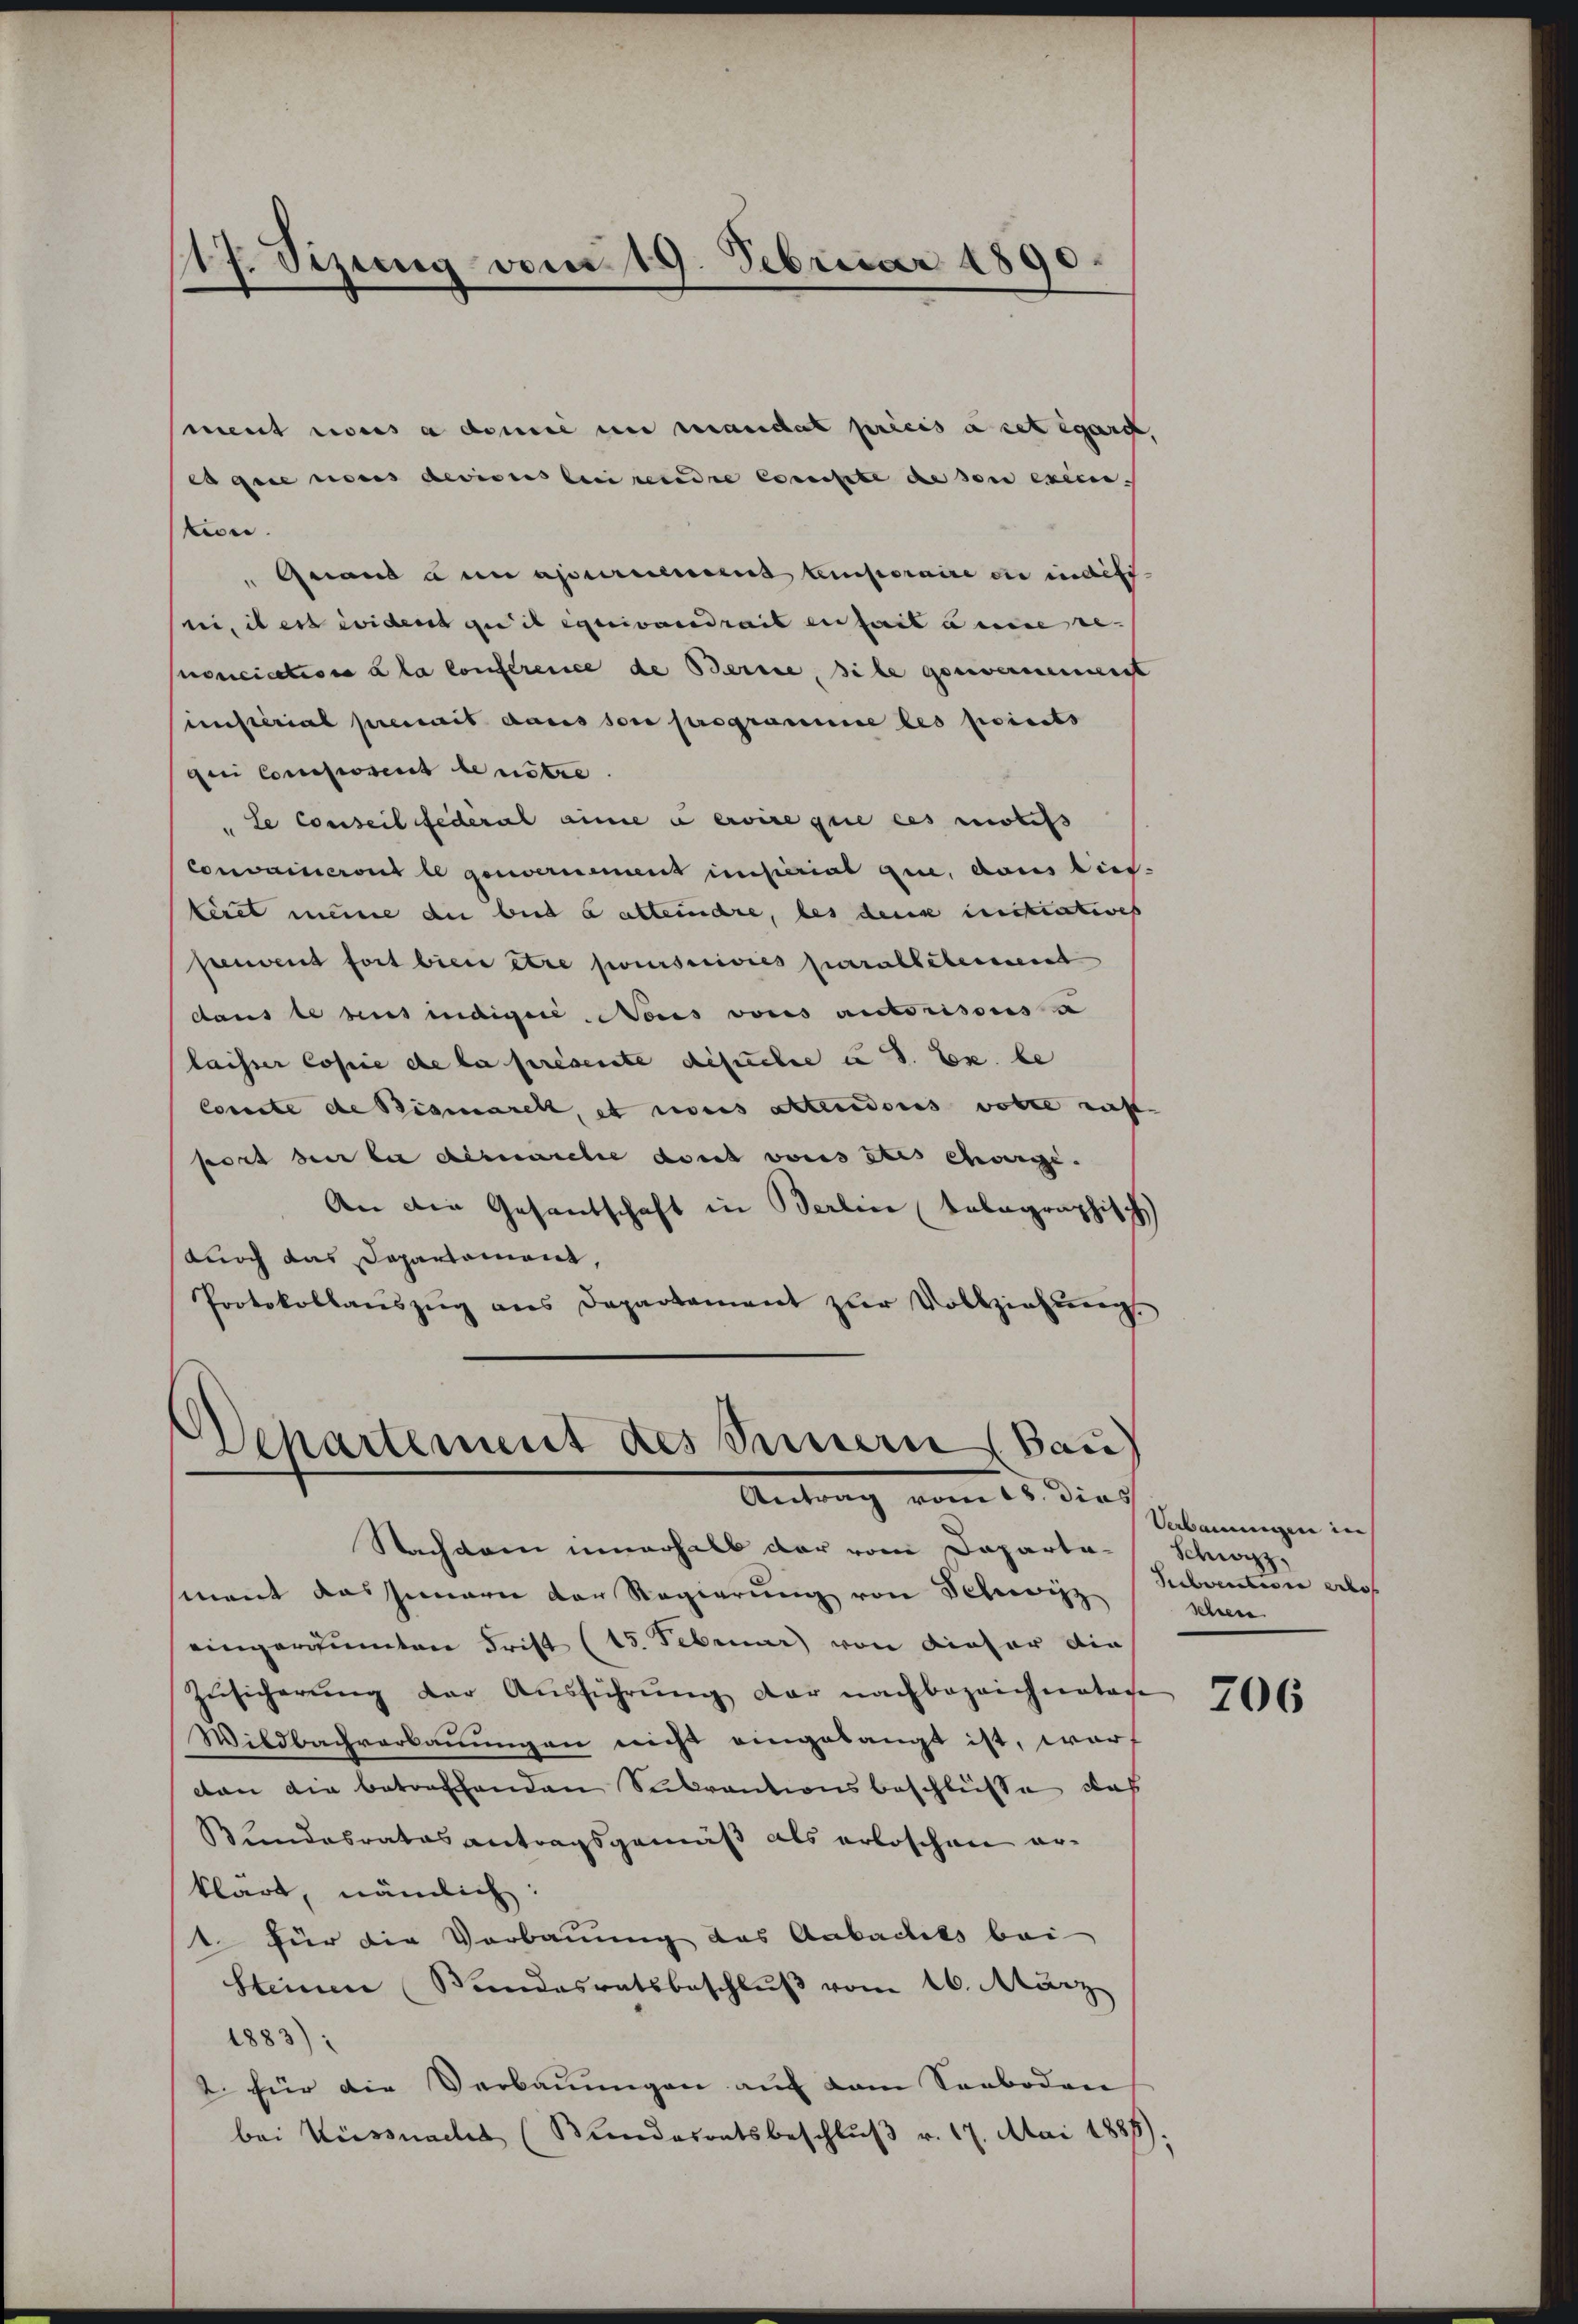
17. Sizung vom 19. Februar 1890.

ment noces a demie in mandat précis à cet egart,
cage noces deviers lui rendre consiste de son execi.
ten.
 Quand ain apurnerient temporaire es indiff
ni, il est wident que il equivandrait en fait eine re- |
poucication a la Conference de Berne, sie gouvernennenst
sinsterial premit dans son programme les points
ui Composers benötre.
 Le conseil fédéral aine servire que ces motifs
Convaineront le genvernement imperial que, dans dies-
keret meine die beid a altendre, les denk intratives
peuvent fort biete être poursuivies parallebernennt
daus le sus indiger Nous vons autorisous a
laisser Copie de la présente Besuche u S. Ex. be
Cossste de Bismarck, et nonis altendoris volle ras
bort der le desnarche dort vonis des Charge. |
An die Gesantschaft in Berlin telegraphisch
durch das Departament,
Protokollauszug aus Departament zur Vollziehung.

Departement des Sinnern Bau
Antrag vom 18. dies

Nachdem innerhalb der vom Departa-
mant das Innern der Regierŭng von Schwizz
eingeräumten Frist (15. Februar von dieser die
Zŭsicherŭng der Aŭsführŭng der nachbezaichneten
Wildbachverkannungen nicht eingelangt ist, worcan die betreffenden Subventionsbeschlüsse das
Bundesrates antragsgemäß als erloschen er-
klärt, nämlich:
t für die Vorbauung das Aabackels bei
Steinen Wundesratsbeschlŭβ vom 16. März
1883):
2. für die Verbauungen auf dem Senboden
bei Küssnachs (Bundesratsbeschluß v. 17. Mai 1885)

Vebauungen in
Schwyz,
Sevention erlos
Schiene

706